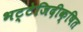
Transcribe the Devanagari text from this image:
भट्टेजिदीक्षित